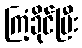
ကြံ့ခိုင်ပြီး